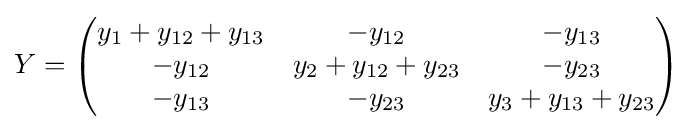
Y={\begin{pmatrix}y_{1}+y_{12}+y_{13}&-y_{12}&-y_{13}\\-y_{12}&y_{2}+y_{12}+y_{23}&-y_{23}\\-y_{13}&-y_{23}&y_{3}+y_{13}+y_{23}\\\end{pmatrix}}